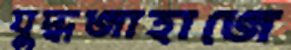
যুদ্ধজাহাজে